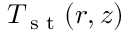
T _ { \textrm { s t } } ( r , z )